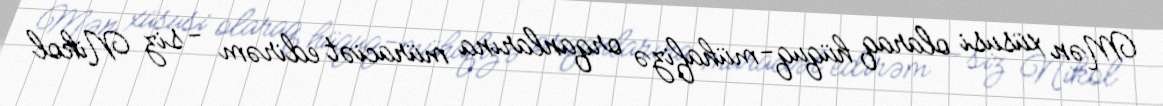
Mən xüsusi olaraq hüquq-mühafizə orqanlarına müraciət edirəm - siz Nikol